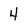
Character: 4